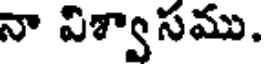
నా విశ్వాసము.